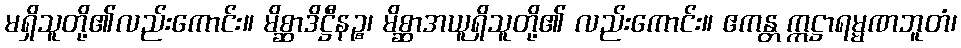
မရှိသူတို့၏လည်းကောင်း။ မိစ္ဆာဒိဋ္ဌီနဉ္စ၊ မိစ္ဆာအယူရှိသူတို့၏ လည်းကောင်း။ ဧကန္တ ဣဋ္ဌာရမ္မဏဘူတံ၊